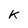
Character: K